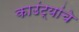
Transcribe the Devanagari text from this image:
काउंट्यांचे